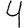
Digit: 4